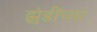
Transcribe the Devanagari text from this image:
झुंडींच्या